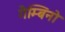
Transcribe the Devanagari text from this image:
गैम्बिनो